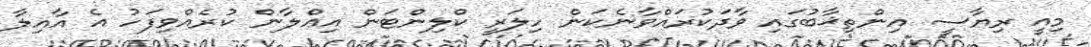
މިއީ ރިޔާސީ އިންތިޚާބުގައި ވާދަކުރައްވާނެކަން ހިލަރީ ކްލިންޓަން އިޢްލާން ކުރެއްވިފަހު އެ އާއިލާ